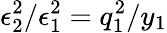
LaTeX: \epsilon_{2}^{2}/\epsilon_{1}^{2}=q_{1}^{2}/y_{1}